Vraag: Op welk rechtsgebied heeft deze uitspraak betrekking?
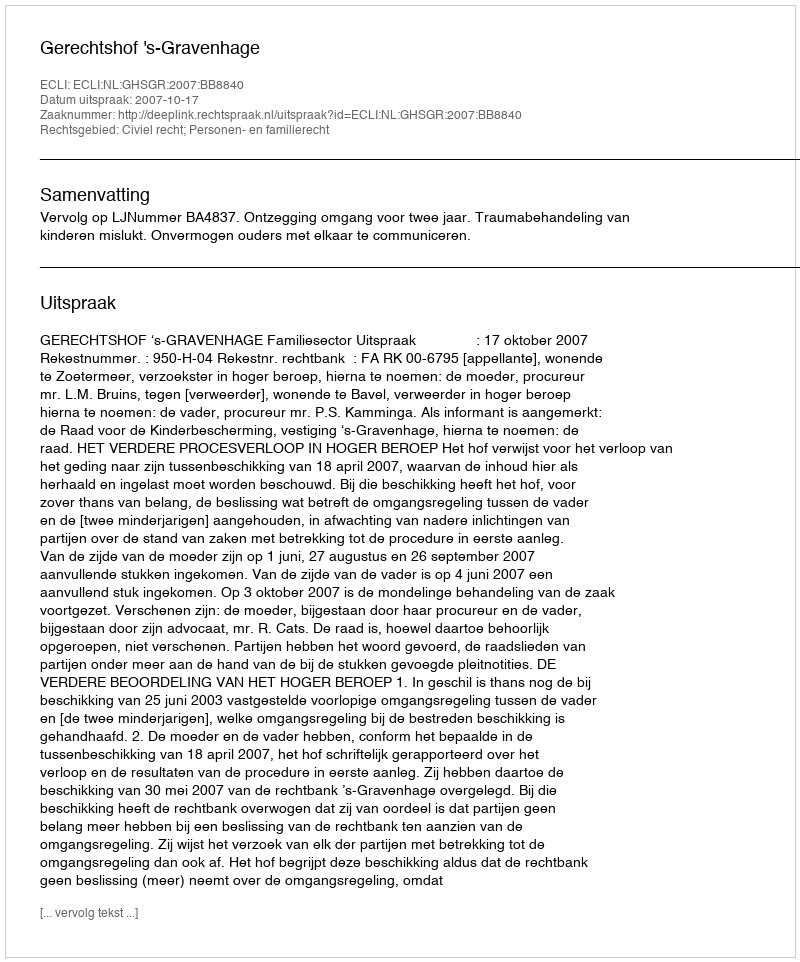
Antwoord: Civiel recht; Personen- en familierecht